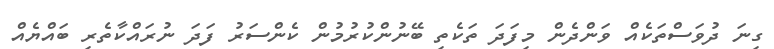
ގިނަ ދުވަސްތަކެއް ވަންދެން މިފަދަ ތަކެތި ބޭނުންކުރުމުން ކެންސަރު ފަދަ ނުރައްކާތެރި ބައްޔެއް